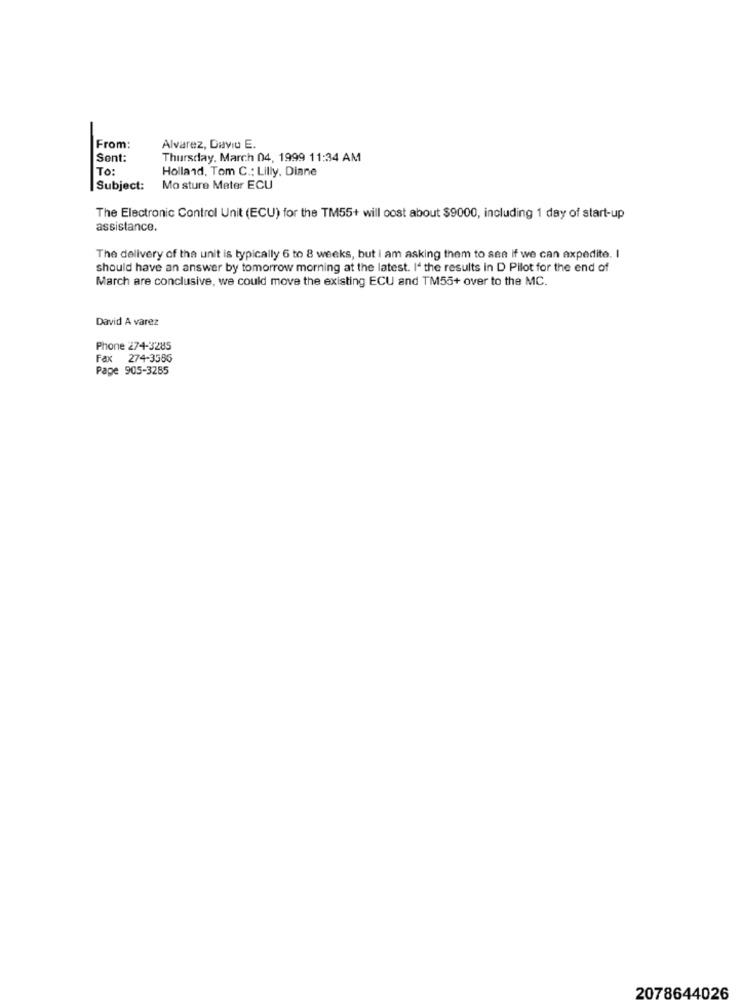
From:
Alvarez, Davio E.
Sent:
Thursday, March 04, 1999 11:34 AM
To:
Holland, Tom C .: Lilly. Diane
Subject:
Mo sture Mater ECU
The Electronic Control Unit (ECU) for the TM55+ will cost about $9000, including 1 day of start-up
assistance.
The delivery of the unit is typically 6 to 8 weeks, but i am asking them to see if we can expedite. I
should have an answer by tomorrow morning at the latest. I' the results in D Pilot for the end of
March are conclusive, we could move the existing ECU and TM55+ over to the MC.
David A varez
Phone 274-3285
Fax 274-3556
Page 905-3285
2078644026